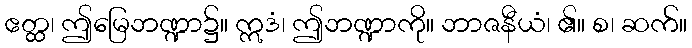
ဧတ္ထ၊ ဤမြေဘဏ္ဍာ၌။ ဣဒံ၊ ဤဘဏ္ဍာကို။ ဘာဇနီယံ၊ ၏။ စ၊ ဆက်။